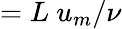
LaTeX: =L\ u_{m}/\nu